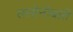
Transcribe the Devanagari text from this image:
सलोनीबारी